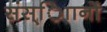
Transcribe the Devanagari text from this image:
संस्ािानों